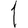
Digit: 1